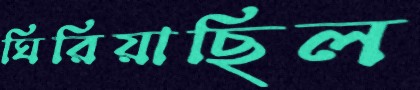
ঘিরিয়াছিল